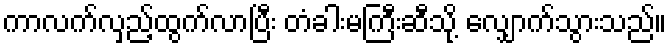
ကာလက်လှည့်ထွက်လာပြီး တံခါးမကြီးဆီသို့ လျှောက်သွားသည်။